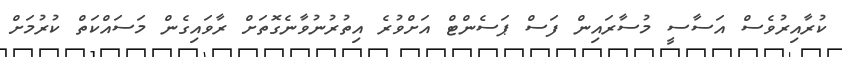
ކުރާއިރުވެސް އަސާސީ މުސާރައިން ފަސް ޕަސެންޓް އަށްވުރެ އިތުރުނުވާނެގޮތަށް ރާވައިގެން މަސައްކަތް ކުރުމަށް